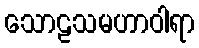
သောဠသမဟာဝါရာ